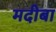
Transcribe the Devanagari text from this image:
मदीबा